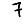
Digit: 7